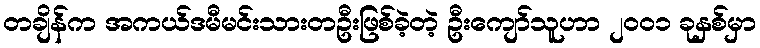
တချိန်က အကယ်ဒမီမင်းသားတဦးဖြစ်ခဲ့တဲ့ ဦးကျော်သူဟာ ၂၀၀၁ ခုနှစ်မှာ